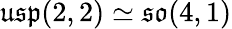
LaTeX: {\mathfrak{usp}}(2,2)\simeq{\mathfrak{so}}(4,1)